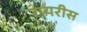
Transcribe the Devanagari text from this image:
रायरीस